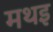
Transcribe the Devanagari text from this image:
मथइ